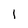
Character: l